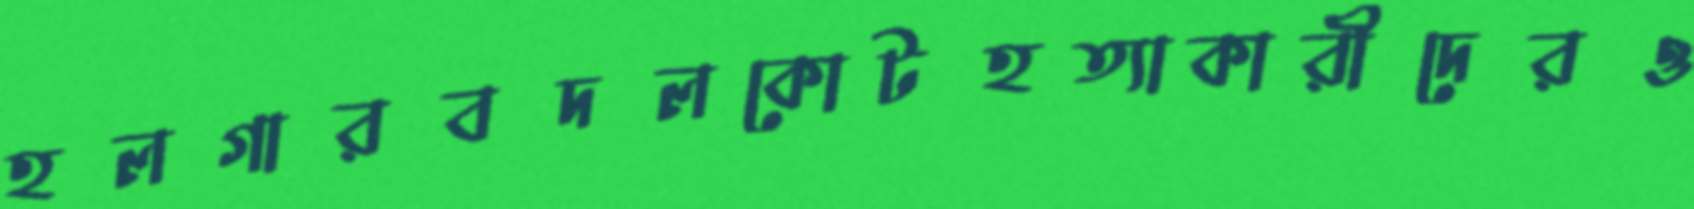
হলগারবদলকোটহত্যাকারীদেরও